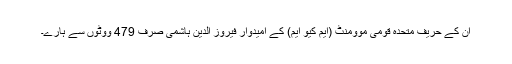
ان کے حریف متحدہ قومی موومنٹ (ایم کیو ایم) کے امیدوار فیروز الدین ہاشمی صرف 479 ووٹوں سے ہارے۔